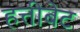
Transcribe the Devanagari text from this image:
हत्तीबेट